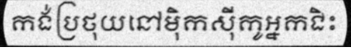
កង់ប្រថុយនៅម៉ិកស៊ីកូអ្នកជិះ